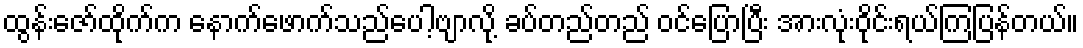
ထွန်းဇော်ထိုက်က နောက်ဖောက်သည်ပေါ့ဗျာလို့ ခပ်တည်တည် ဝင်ပြောပြီး အားလုံးဝိုင်းရယ်ကြပြန်တယ်။